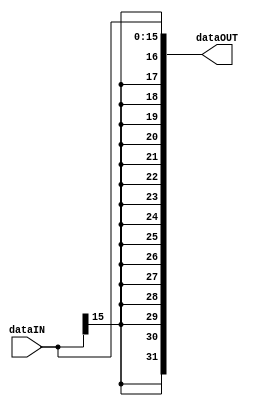
module sign_extend( dataIN, dataOUT );
  input [15:0] dataIN;
  output [31:0] dataOUT;
  assign dataOUT[15:0] = dataIN;
  assign dataOUT[16] = dataIN[15];
  assign dataOUT[17] = dataIN[15];
  assign dataOUT[18] = dataIN[15];
  assign dataOUT[19] = dataIN[15];
  assign dataOUT[20] = dataIN[15];
  assign dataOUT[21] = dataIN[15];
  assign dataOUT[22] = dataIN[15];
  assign dataOUT[23] = dataIN[15];
  assign dataOUT[24] = dataIN[15];
  assign dataOUT[25] = dataIN[15];
  assign dataOUT[26] = dataIN[15];
  assign dataOUT[27] = dataIN[15];
  assign dataOUT[28] = dataIN[15];
  assign dataOUT[29] = dataIN[15];
  assign dataOUT[30] = dataIN[15];
  assign dataOUT[31] = dataIN[15];
endmodule